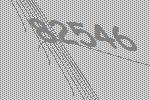
82546